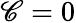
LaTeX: \mathscr{C}=0